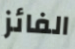
الفائز